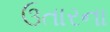
ઉતારના